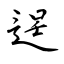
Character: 逞